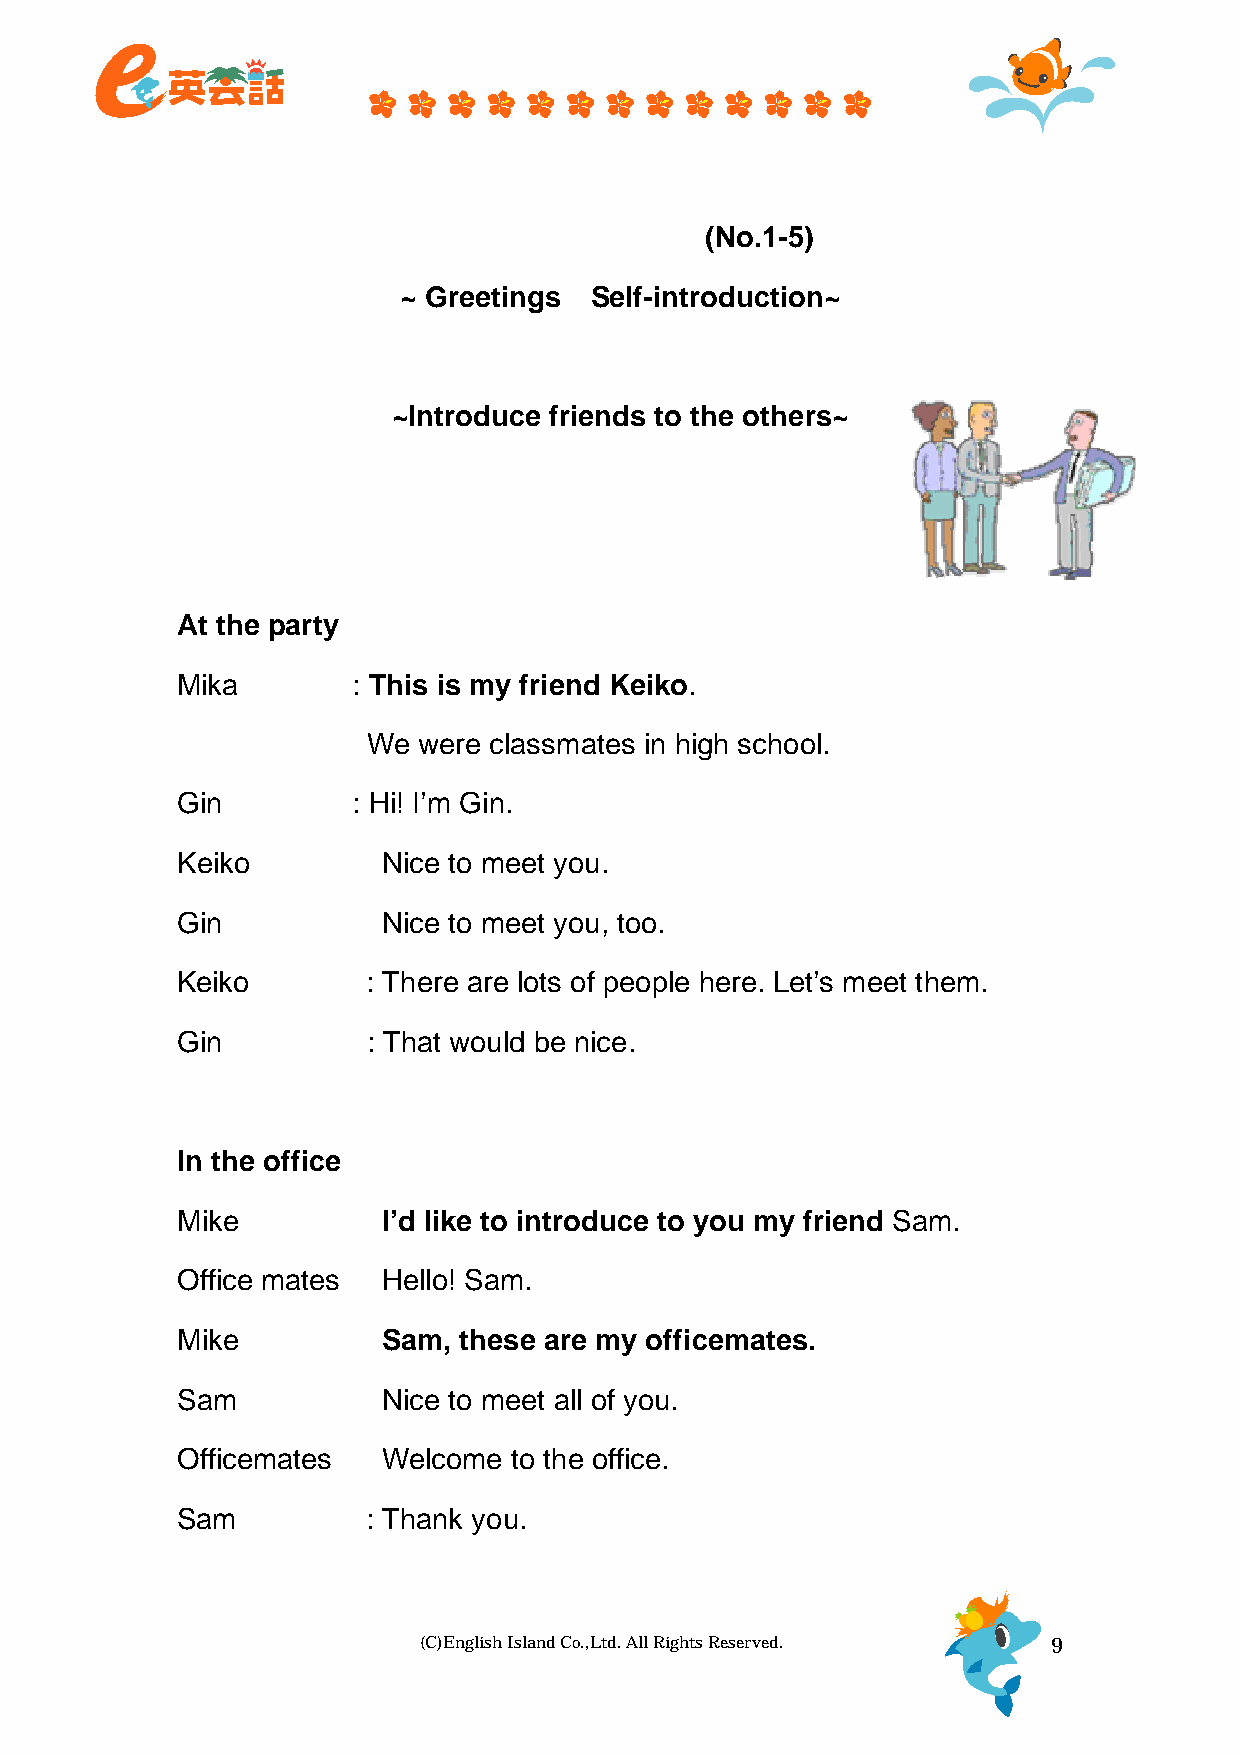
あいさつ・自己紹介          (No.1-5)
 ~ Greetings・Self-introduction~
 知人に他人を紹介する
 ~Introduce friends to the others~
 At the party
 Mika       : This is my friend Keiko.
 We  were classmates in high school.
 Gin        : Hi! I’m Gin.
 Keiko      ：Nice  to meet you.
 Gin        ：Nice  to meet you, too.
 Keiko       : There are lots of people here. Let’s meet them.
 Gin         : That would be nice.
 In the office
 Mike       ：I’d like to introduce to you my friend Sam.
 Office mates ：Hello! Sam.
 Mike       ：Sam,  these are my officemates.
 Sam        ：Nice  to meet all of you.
 Officemates ：Welcome  to the office.
 Sam         : Thank you.
 (C)English Island Co.,Ltd. All Rights Reserved. 9